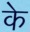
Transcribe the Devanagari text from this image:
के